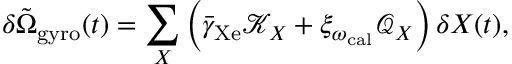
\delta \tilde { \Omega } _ { \mathrm { g y r o } } ( t ) = \sum _ { X } \left( \bar { \gamma } _ { \mathrm { X e } } \mathcal { K } _ { X } + \xi _ { \omega _ { \mathrm { c a l } } } \mathcal { Q } _ { X } \right) \delta X ( t ) ,